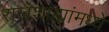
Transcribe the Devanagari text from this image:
राजेशाह्यांमध्ये